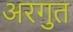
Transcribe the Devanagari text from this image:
अरगुत